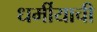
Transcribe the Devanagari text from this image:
धर्मीयाची